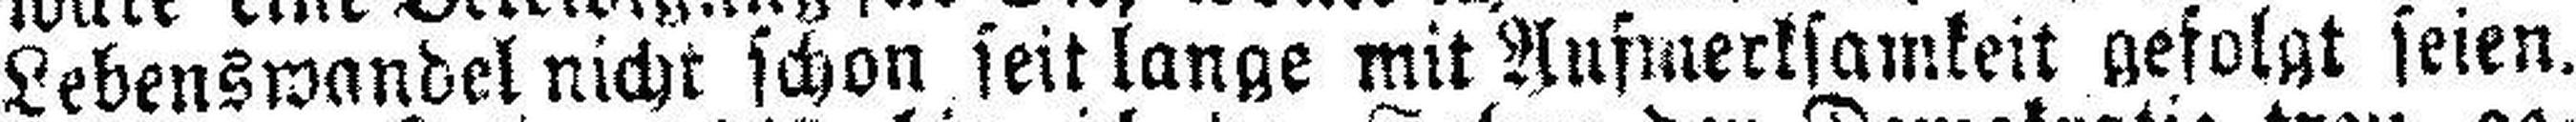
Lebenswandel nicht schon seit lange mit Aufmerksamkeit gefolgt seien.